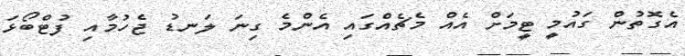
އެގޮތުން ގައުމީ ޓީމަށް އެއް މެޗެއްގައި އެންމެ ގިނަ ލަނޑު ޖެހުމާއި ފުޓްބޯޅަ